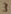
Text: 3